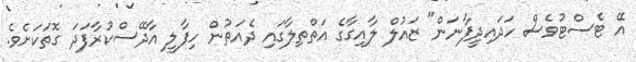
އޭ ޓެސްޓުވެސް ހަދައިދީފާނަން" ޒައުލް ލާއިގާގެ އަތްތިލާގައި ދެއަތުން ހިފާލީ އާދޭސްކުރާފަދަ ގޮތަކަށެވެ.